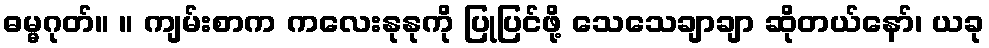
ဓမ္မဂုတ်။ ။ ကျမ်းစာက ကလေးနုနုကို ပြုပြင်ဖို့ သေသေချာချာ ဆိုတယ်နော်၊ ယခု